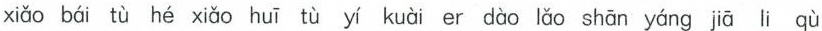
xiǎo bái tù hé xiǎo huī tù yí kuài er dào lǎo shān yáng jiā li qù